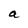
Character: a